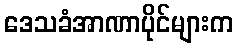
ဒေသခံအာဏာပိုင်များက